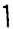
1